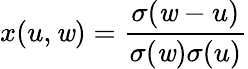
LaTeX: x(u,\mathit{w})={\frac{{\sigma(\mathit{w}-u)}}{{\sigma(\mathit{w})\sigma(u)}}}